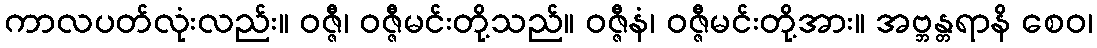
ကာလပတ်လုံးလည်း။ ဝဇ္ဇီ၊ ဝဇ္ဇီမင်းတို့သည်။ ဝဇ္ဇီနံ၊ ဝဇ္ဇီမင်းတို့အား။ အဗ္ဘန္တရာနိ စေဝ၊